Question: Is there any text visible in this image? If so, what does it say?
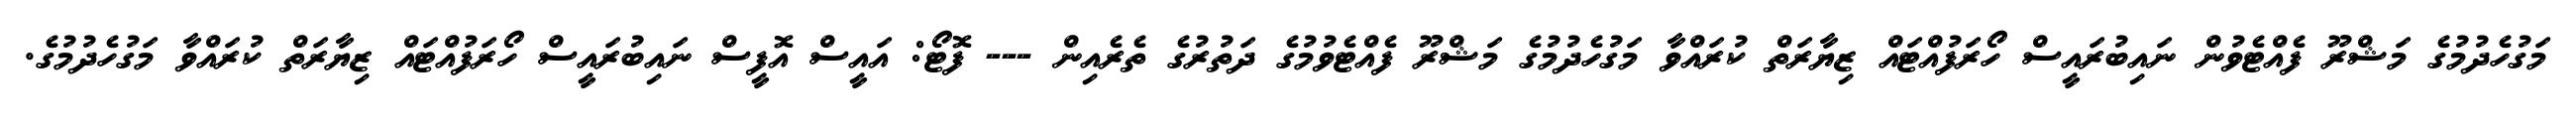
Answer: މަގުހެދުމުގެ މަޝްރޫ ފެއްޓެވުން ނައިބުރައީސް ހޯރަފުއްޓައް ޒިޔާރަތް ކުރައްވާ މަގުހެދުމުގެ މަޝްރޫ ފެއްޓެވުމުގެ ދަތުރުގެ ތެރެއިން --- ފޮޓޯ: އައީސް އޮފީސް ނައިބުރައީސް ހޯރަފުއްޓައް ޒިޔާރަތް ކުރައްވާ މަގުހެދުމުގެ.